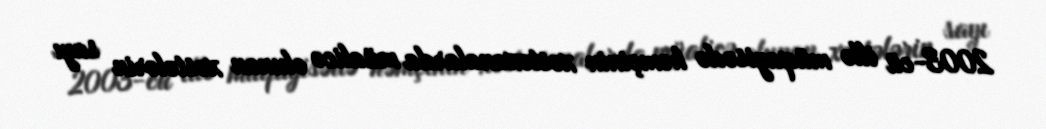
2003-cü illə müqayisədə həmçinin xəstəxanalarda müalicə olunan xəstələrin sayı